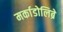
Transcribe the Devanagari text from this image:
मर्काडोलिब्रे